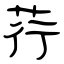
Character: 荇